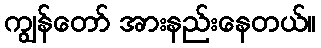
ကျွန်တော် အားနည်းနေတယ်။